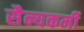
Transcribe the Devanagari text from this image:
सैन्यकर्मी